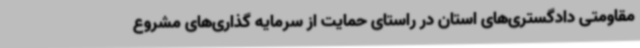
مقاومتی دادگستری‌های استان در راستای حمایت از سرمایه گذاری‌های مشروع